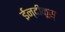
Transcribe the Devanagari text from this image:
ईन्दीकूस्